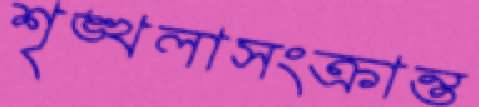
শৃঙ্খলাসংক্রান্ত